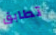
تطابق